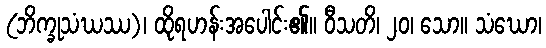
(ဘိက္ခုသံဃဿ)၊ ထိုရဟန်းအပေါင်း၏။ ဝီသတိ၊ ၂၀၊ သော။ သံဃော၊